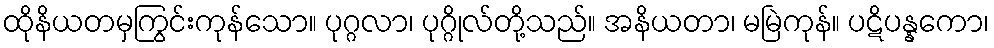
ထိုနိယတမှကြွင်းကုန်သော။ ပုဂ္ဂလာ၊ ပုဂ္ဂိုလ်တို့သည်။ အနိယတာ၊ မမြဲကုန်။ ပဋိပန္နကော၊